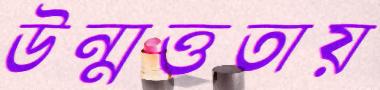
উন্মত্ততায়